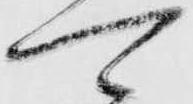
可